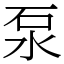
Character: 泵